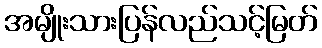
အမျိုးသားပြန်လည်သင့်မြတ်